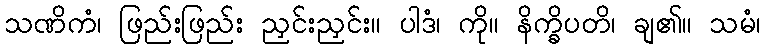
သဏိကံ၊ ဖြည်းဖြည်း ညှင်းညှင်း။ ပါဒံ၊ ကို။ နိက္ခိပတိ၊ ချ၏။ သမံ၊